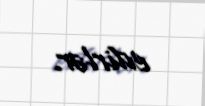
edirlər.